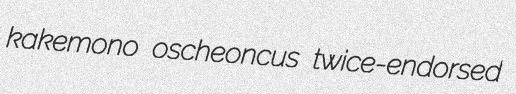
kakemono oscheoncus twice-endorsed